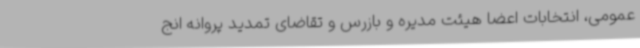
عمومی، انتخابات اعضا هیئت مدیره و بازرس و تقاضای تمدید پروانه انج